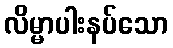
လိမ္မာပါးနပ်သော